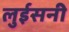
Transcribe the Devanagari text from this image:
लुईसनी